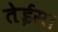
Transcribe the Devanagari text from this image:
तेईस।